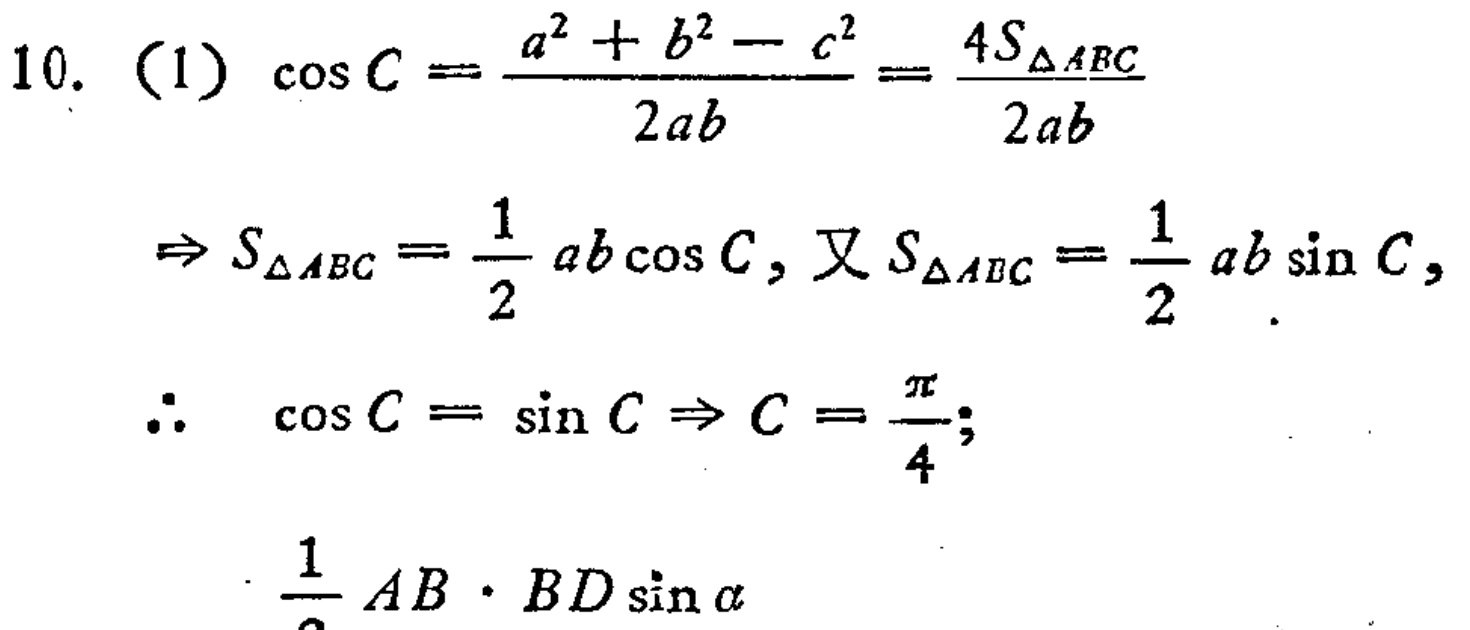
10. (1) \(\cos C=\frac{a^{2}+b^{2}-c^{2}}{2ab}=\frac{4S_{\triangle ABC}}{2ab}\)
\(\Rightarrow S_{\triangle ABC}=\frac{1}{2}ab\cos C\), 又\(S_{\triangle ABC}=\frac{1}{2}ab\sin C\),
\(\therefore\) \(\cos C = \sin C\Rightarrow C=\frac{\pi}{4}\);
\(\frac{1}{2}AB\cdot BD\sin\alpha\)